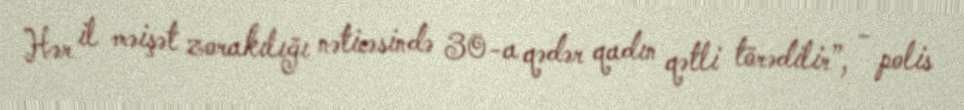
Hər il məişət zorakılığı nəticəsində 30-a qədər qadın qətli törədilir”, - polis